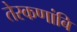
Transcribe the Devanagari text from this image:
तेरकणांबि